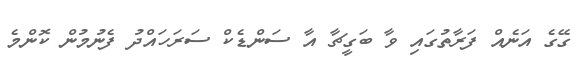
ގޭގެ އަނެއް ފަރާތުގައި ވާ ބަގީޗާ އާ ސަންޑެކް ސަރަހައްދު ފެނުމުން ކޮންމެ